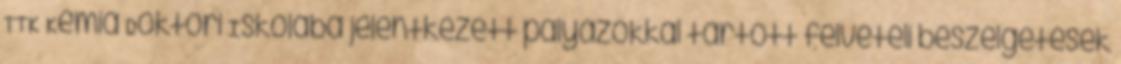
TTK Kémia Doktori Iskolába jelentkezett pályázókkal tartott felvételi beszélgetések